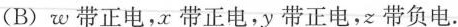
(B)w带正电，x带正电，y带正电，z带负电.